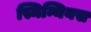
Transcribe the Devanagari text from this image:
स्मिन्थियस